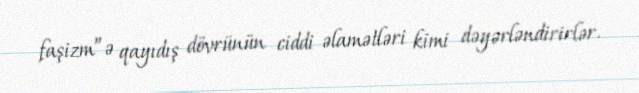
faşizm”ə qayıdış dövrünün ciddi əlamətləri kimi dəyərləndirirlər.